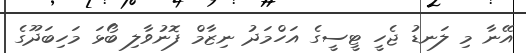
އޭނާ މި ލަނޑު ޖެހީ ޓީސީގެ އަހްމަދު ނިޒާމް ފޮނުވާލި ބޯޅަ މަހިބަދޫގެ